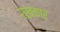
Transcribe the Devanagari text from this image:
रखकार